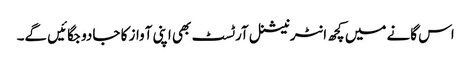
اس گانے میں کچھ انٹرنیشنل آرٹسٹ بھی اپنی آواز کا جادو جگائیں گے۔